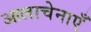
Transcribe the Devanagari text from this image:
आलाचेनाएँ